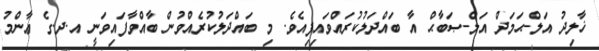
ޚާލިދު އަލް-ޙަމަދް އަލް-ޞަބާޙް އާ ބައްދަލުކުރައްވައިފިއެވެ. މި ބައްދަލުކުރެއްވުން ބާއްވާފައިވަނީ އ.ދ.ގެ ޢާންމު